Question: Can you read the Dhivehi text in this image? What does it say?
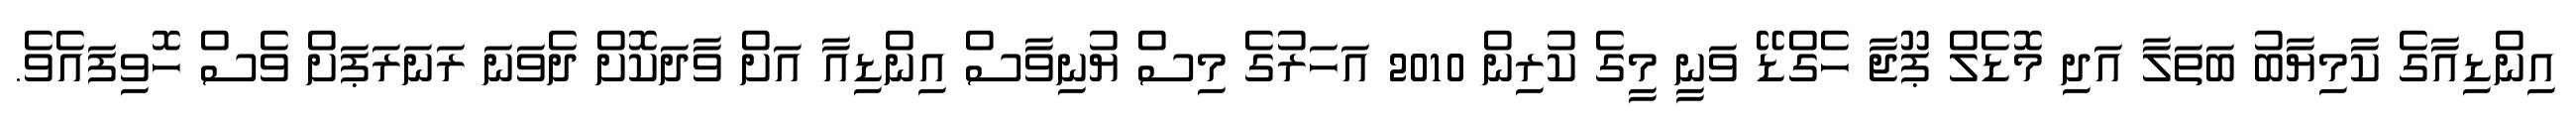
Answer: އިންޑިއާގެ ކާމިޔާބު ބަތަލާ އަދި މޮޑެލް ޕޫޖާ ހެގްޑޭ ވަނީ މީގެ ކުރިން 2010 އަހަރުގެ މިސް ޔުނިވާސް އިންޑިއާ އަށް ވާދަކޮށް ދެވަނަ ރަނަރަޕަށް ވެސް ހޮވިފައެވެ.